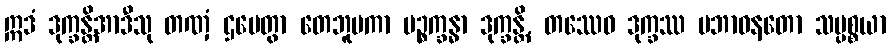
ဣဒံ ဒုက္ခန္တိအာဒီသု တဏှံ ဌပေတွာ တေဘူမကာ ပဉ္စက္ခန္ဓာ ဒုက္ခန္တိ, တဿေဝ ဒုက္ခဿ ပဘာဝနတော သပ္ပစ္စယာ